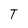
Character: T